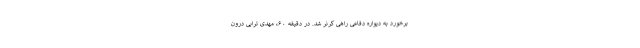
برخورد به دیواره دفاعی راهی کرنر شد. در دقیقه ۶۰، مهدی ترابی درون